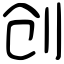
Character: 创